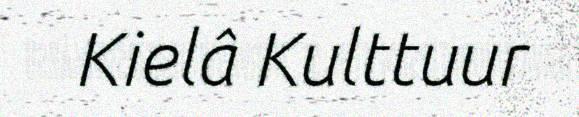
Kielâ Kulttuur